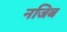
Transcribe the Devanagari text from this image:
नजिब